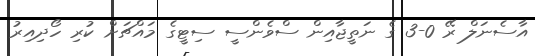
އާސެނަލް ރޭ 0-3 ގެ ނަތީޖާއިން ސްވެންސީ ސިޓީގެ މައްޗަށް ކުރި ހޯދިއިރު